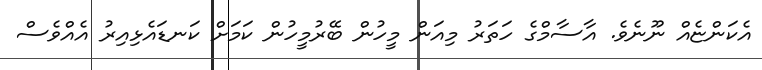
އެކަންޏެއް ނޫނެވެ. އާސާމްގެ ހަތަރު މިއަން މީހުން ބޭރުމީހުން ކަމަށް ކަނޑައެޅިއިރު އެއްވެސް